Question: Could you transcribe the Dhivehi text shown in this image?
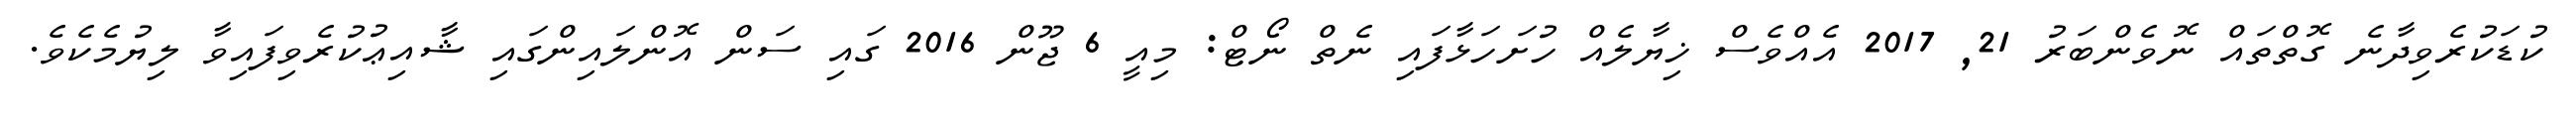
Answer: ކުޑަކުރެވިދާނެ ގޮތްތައް ނޮވެންބަރު 21, 2017 އެއްވެސް ޚިޔާލެއް ހުށަހަޅާފައި ނެތް ނޯޓް: މިއީ 6 ޖޫން 2016 ގައި ސަން އޮންލައިންގައި ޝާއިޢުކުރެވިފައިވާ ލިޔުމެކެވެ.